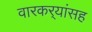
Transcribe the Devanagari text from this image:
वारकर्‍यांसह